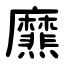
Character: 爢